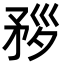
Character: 𥍧